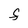
Character: F